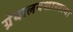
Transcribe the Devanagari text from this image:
ग्रंथालयशास्त्राचा